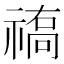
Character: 𥛒